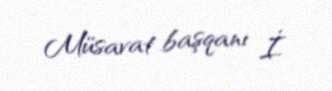
Müsavat başqanı İ.